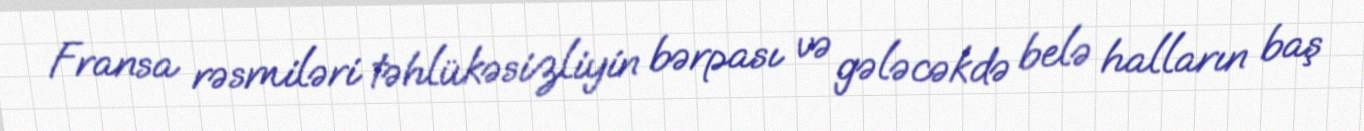
Fransa rəsmiləri təhlükəsizliyin bərpası və gələcəkdə belə halların baş